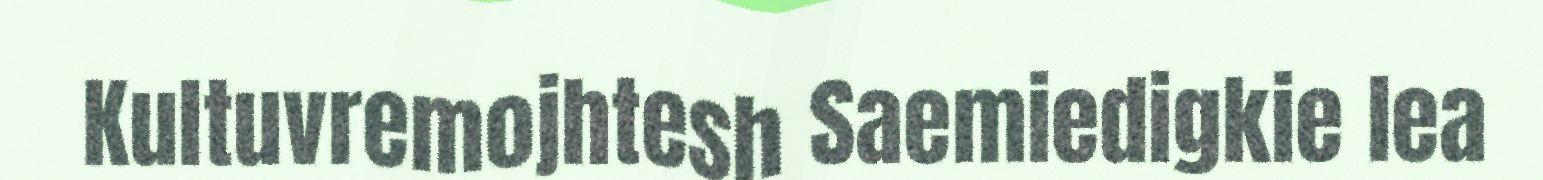
Kultuvremojhtesh Saemiedigkie lea